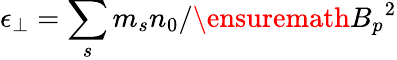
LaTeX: \epsilon_{\perp}=\sum_{s}m_{s}n_{0}/\ensuremath{B_{p}}^{2}